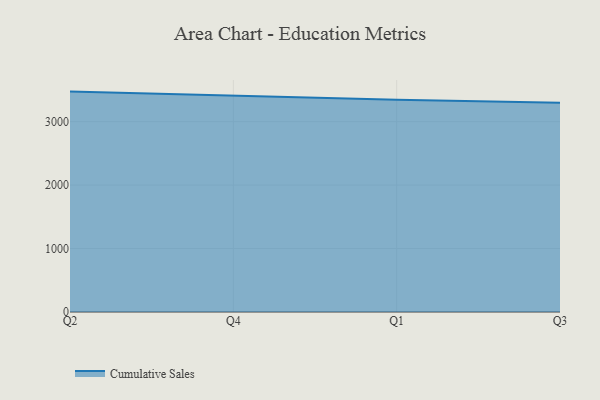
{"axis": {"x": "Quarter", "y": "Latency (ms)"}, "legend": ["Cumulative Sales"], "data": [{"x": "Q2", "y": 3473.3, "type": "Cumulative Sales"}, {"x": "Q4", "y": 3413.1, "type": "Cumulative Sales"}, {"x": "Q1", "y": 3344.0, "type": "Cumulative Sales"}, {"x": "Q3", "y": 3297.9, "type": "Cumulative Sales"}]}